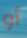
أو